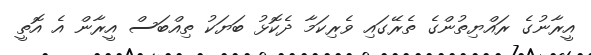
އީރާނުގެ ރައްޔިތުންގެ ތެރޭގައި ވެރިކަމާ ދެކޮޅު ބަޔަކު ތިއްބަސް އީރާން އެ އޮތީ